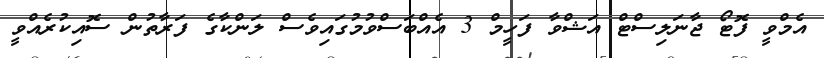
އެމްވީ ފޮޓޯ ޖާނަލިސްޓް އަޝްވާ ފަހީމް 3 އެއްބަސްވުމުގައިވެސް ލަންކާގެ ފަރާތުން ސޮއިކުރެއްވީ